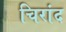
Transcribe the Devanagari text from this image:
चिरांद